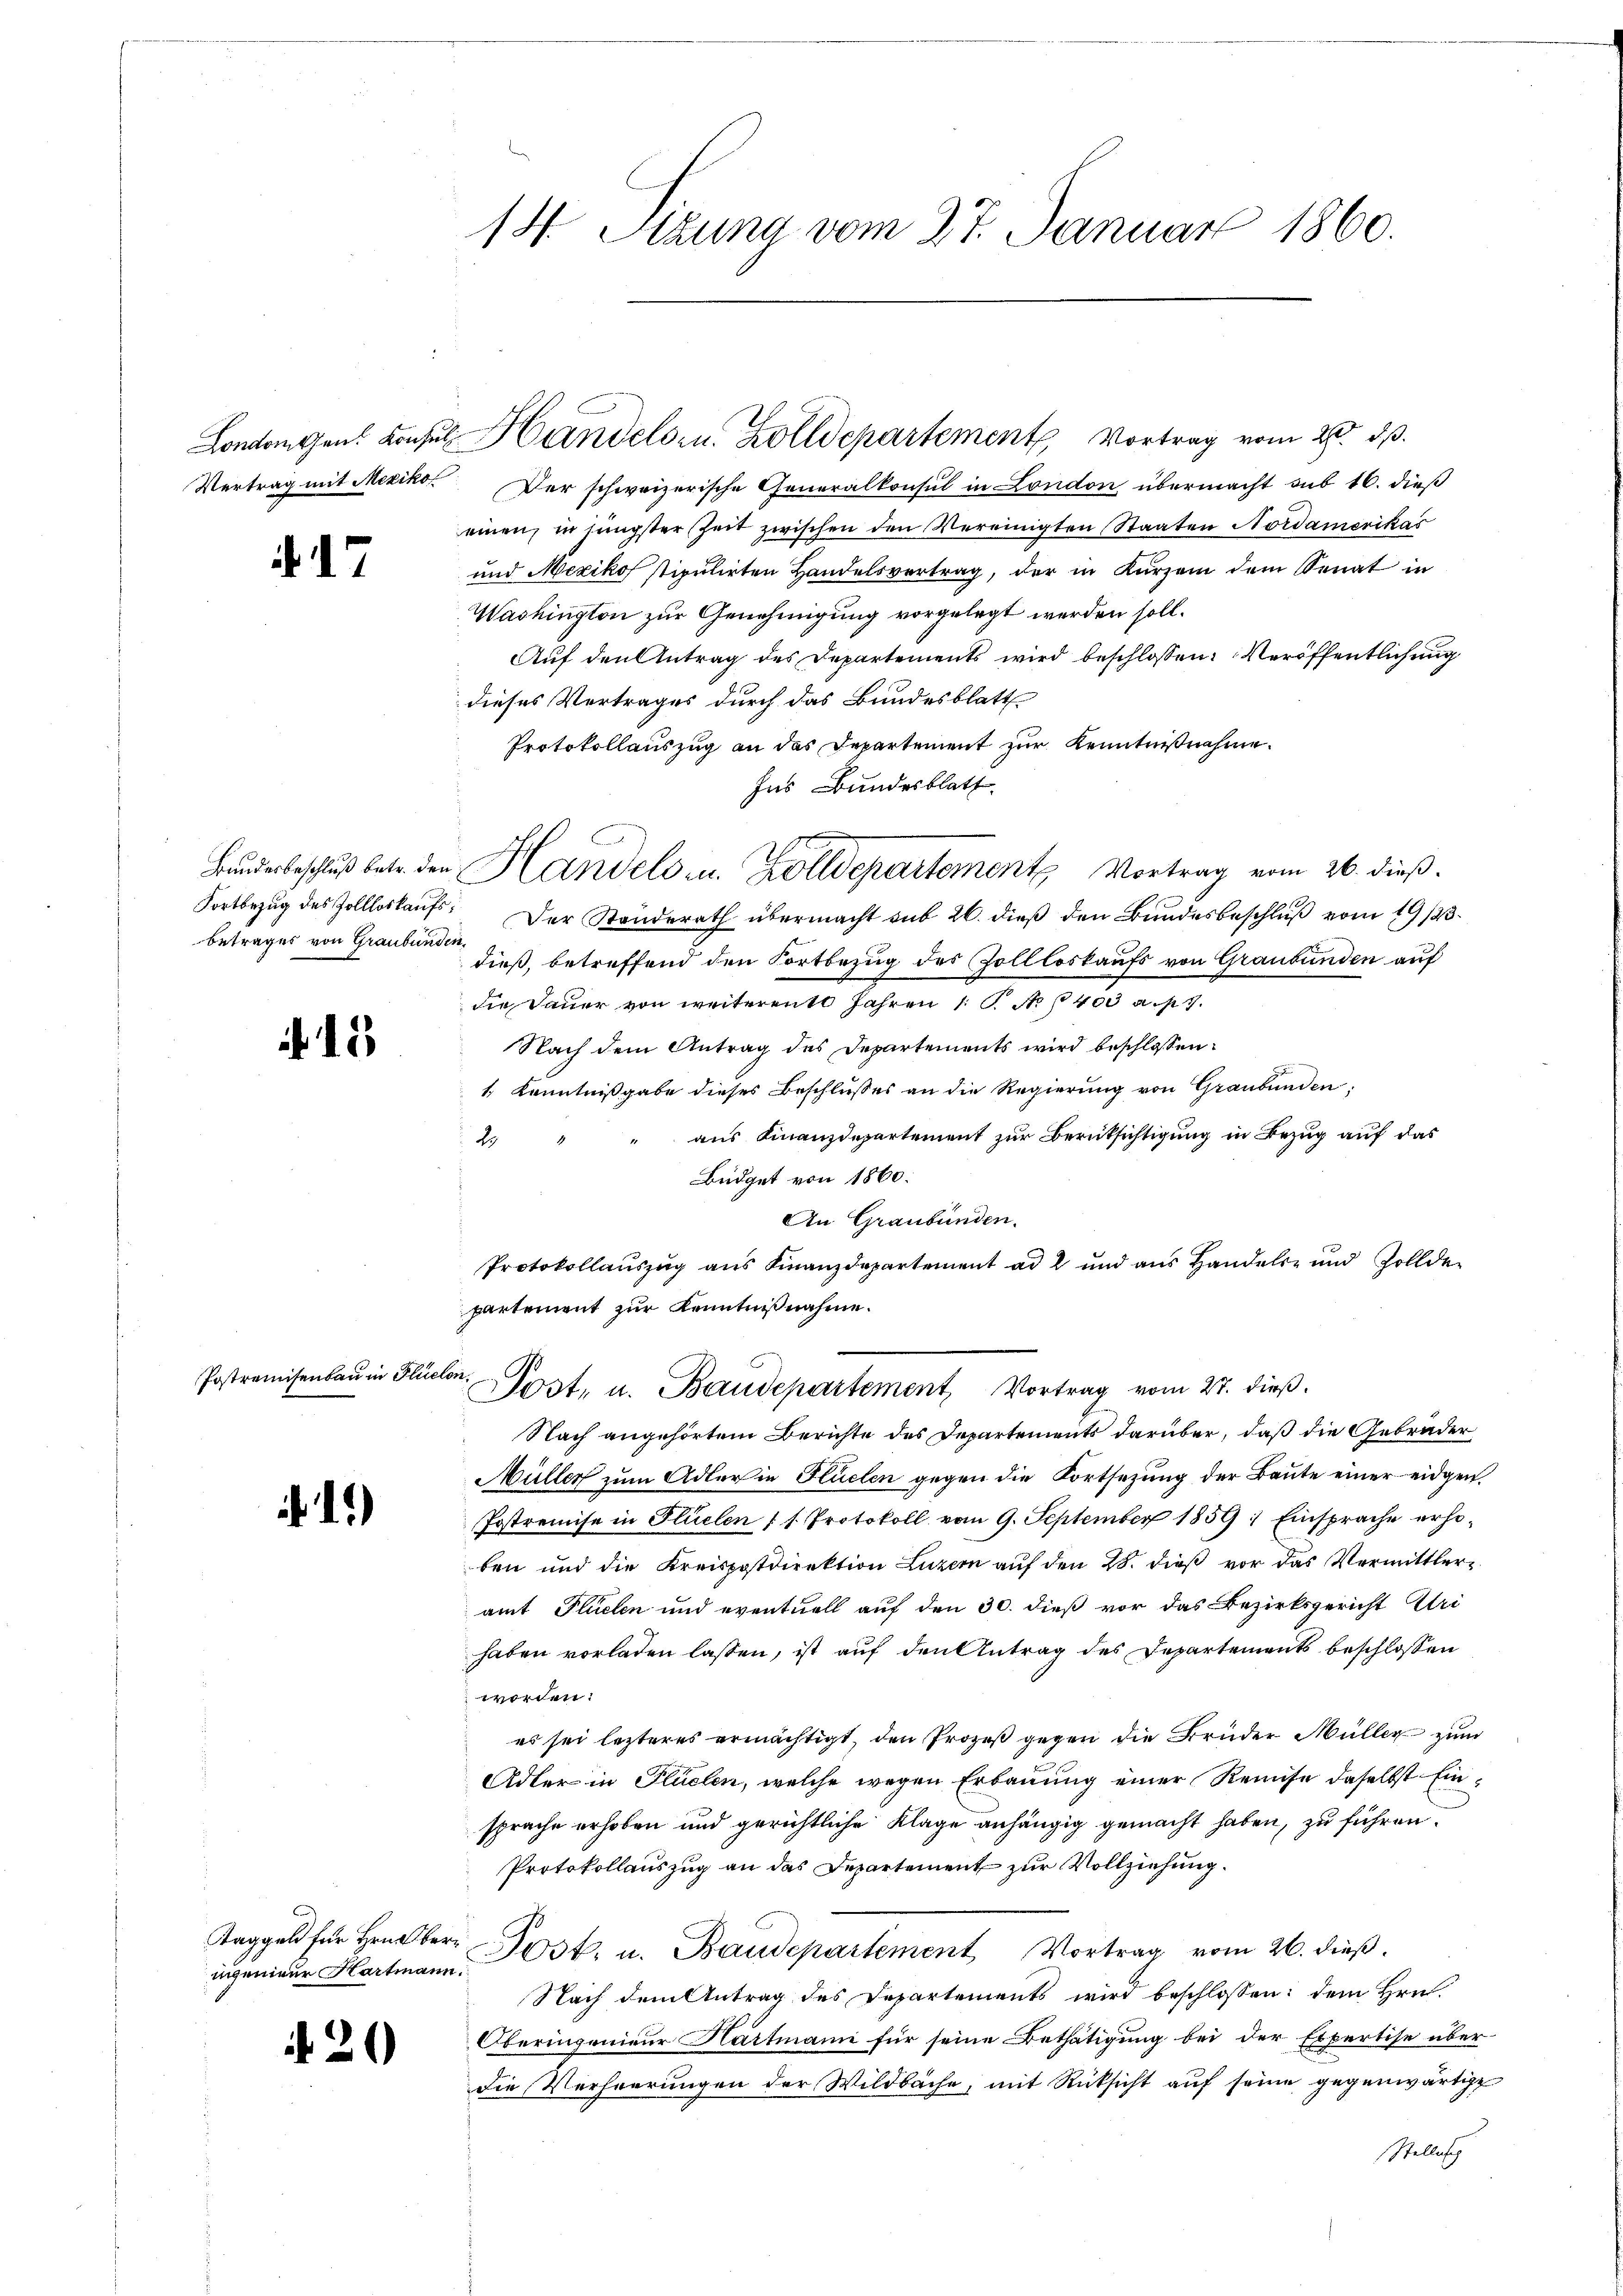
Vertrag mit Mexiko

. 17

Fortbezug des Zollloskaufsbetrages von Graubünden,

12

Postremisenbau in Flin

.1)

ningenieur Hartmann

21)

14. Sizung vom 27. Januar 1860.

Der schweizerische Generalkonsul in London übermacht sub 16. dieß
einen, in jüngster Zeit zwischen den Vereinigten Staaten Nordamerikas
und Mexiko stipulirten Handelsvertrag, der in Kurzem dem Senat in
Washington zur Genehmigung vorgelegt werden soll.
Auf den Antrag des Departements wird beschlossen: Veröffentlichung
dieses Vertrages durch das Bundesblatt
Protokollauszug an das Departement zur Kenntnißnahme.
Ins Bundesblatt.
Der Standerath übermacht sub 26. dieß den Bundesbeschluß vom 19/23.
dieß, betreffend den Fortbezug des Zollloskaufs von Graubünden auf
die Dauer von weiterent Jahren 1. No 403 a. p. 7.
Nach dem Antrag des Departements wird beschlossen:
1 Kenntnißgabe dieses Beschlusses an die Regierung von Graubünden,
aus Finanzdepartement zur Berücksichtigung in Bezug auf das
H
Büdget von 1860:
An Graubünden.
Protokollauszug aus Finanzdepartement ad 2 und aus Handels- und Zollde
partement zur Kenntnißnahme.
1
b
Jost, u. Baudepartement Vortrag vom 27. dieß.
Nach angehörtem Berichte des Departements darüber, daß die Gebrüder
Müller zum Adler in Huelen gegen die Fortsetzung der Baute einer eidgen.
Postremise in Flüelen (s. Protokoll vom 9. September 1859: Einsprache erhoben und die Kreispostdirektion Luzern auf den 28. dieß vor das Vermittleramt Plucten und eventuell auf den 30. dieß vor das Bezirksgericht Uri
haben vorladen lassen, ist auf den Antrag des Departements beschlossen
worden.
es sei lezteres ermächtigt, den Prozeß gegen die Brüder Müller zum
Adler in Flüelen, welche wegen Erbauung einer Remise daselbst Einsprache erhoben und gerichtliche Klage anhängig gemacht haben, zu führen.
Protokollauszug an das Departement zur Vollziehung.
Taggeld für Hrn. Herr Post. u. Baudepartement Vortrag vom 26. dieβ.
Nach dem Antrag des Departements wird beschlossen: dem Hrn.
Oberingenieur Hartmann für seine Bethätigung bei der Expertise über
die Verheerungen der Wildbache, mit Rücksicht auf seine gegenwärtige
Stellusch

Londonnen Konsul Handelsr. Zolldepartement Vortrag vom 20. ds.

Bundesbeschluß betr. den Handels u. alldepartemente Vortrag vom 26. dieß.